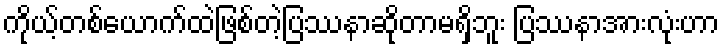
ကိုယ့်တစ်ယောက်ထဲဖြစ်တဲ့ပြဿနာဆိုတာမရှိဘူး ပြဿနာအားလုံးဟာ